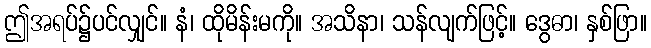
ဤအရပ်၌ပင်လျှင်။ နံ၊ ထိုမိန်းမကို။ အသိနာ၊ သန်လျက်ဖြင့်။ ဒွေဓာ၊ နှစ်ဖြာ။